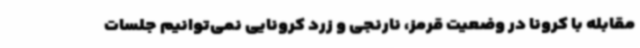
مقابله با کرونا در وضعیت قرمز، نارنجی و زرد کرونایی نمی‌توانیم جلسات